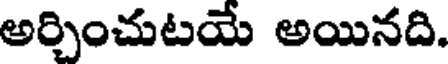
అర్చించుటయే అయినది.